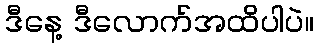
ဒီနေ့ ဒီလောက်အထိပါပဲ။